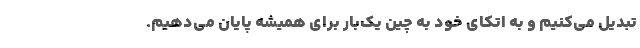
تبدیل می‌کنیم و به اتکای خود به چین یک‌بار برای همیشه پایان می‌دهیم.